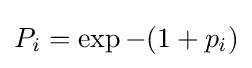
P_{i}=\exp -(1+p_{i})